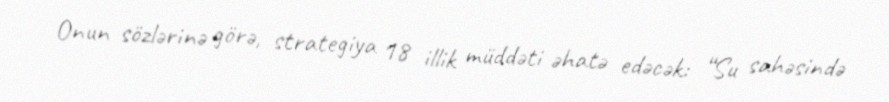
Onun sözlərinə görə, strategiya 18 illik müddəti əhatə edəcək: “Su sahəsində